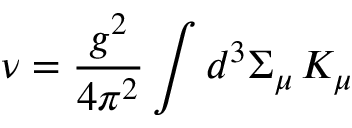
\nu = \frac { g ^ { 2 } } { 4 \pi ^ { 2 } } \int d ^ { 3 } \Sigma _ { \mu } \, K _ { \mu }